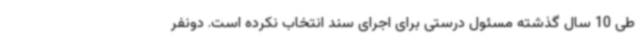
طی 10 سال گذشته مسئول درستی برای اجرای سند انتخاب نکرده است. دونفر